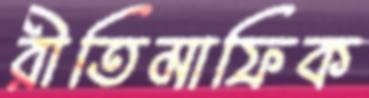
রীতিমাফিক